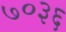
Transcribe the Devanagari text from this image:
७०३६